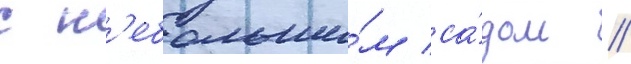
с н'ебольши́м са́дом //